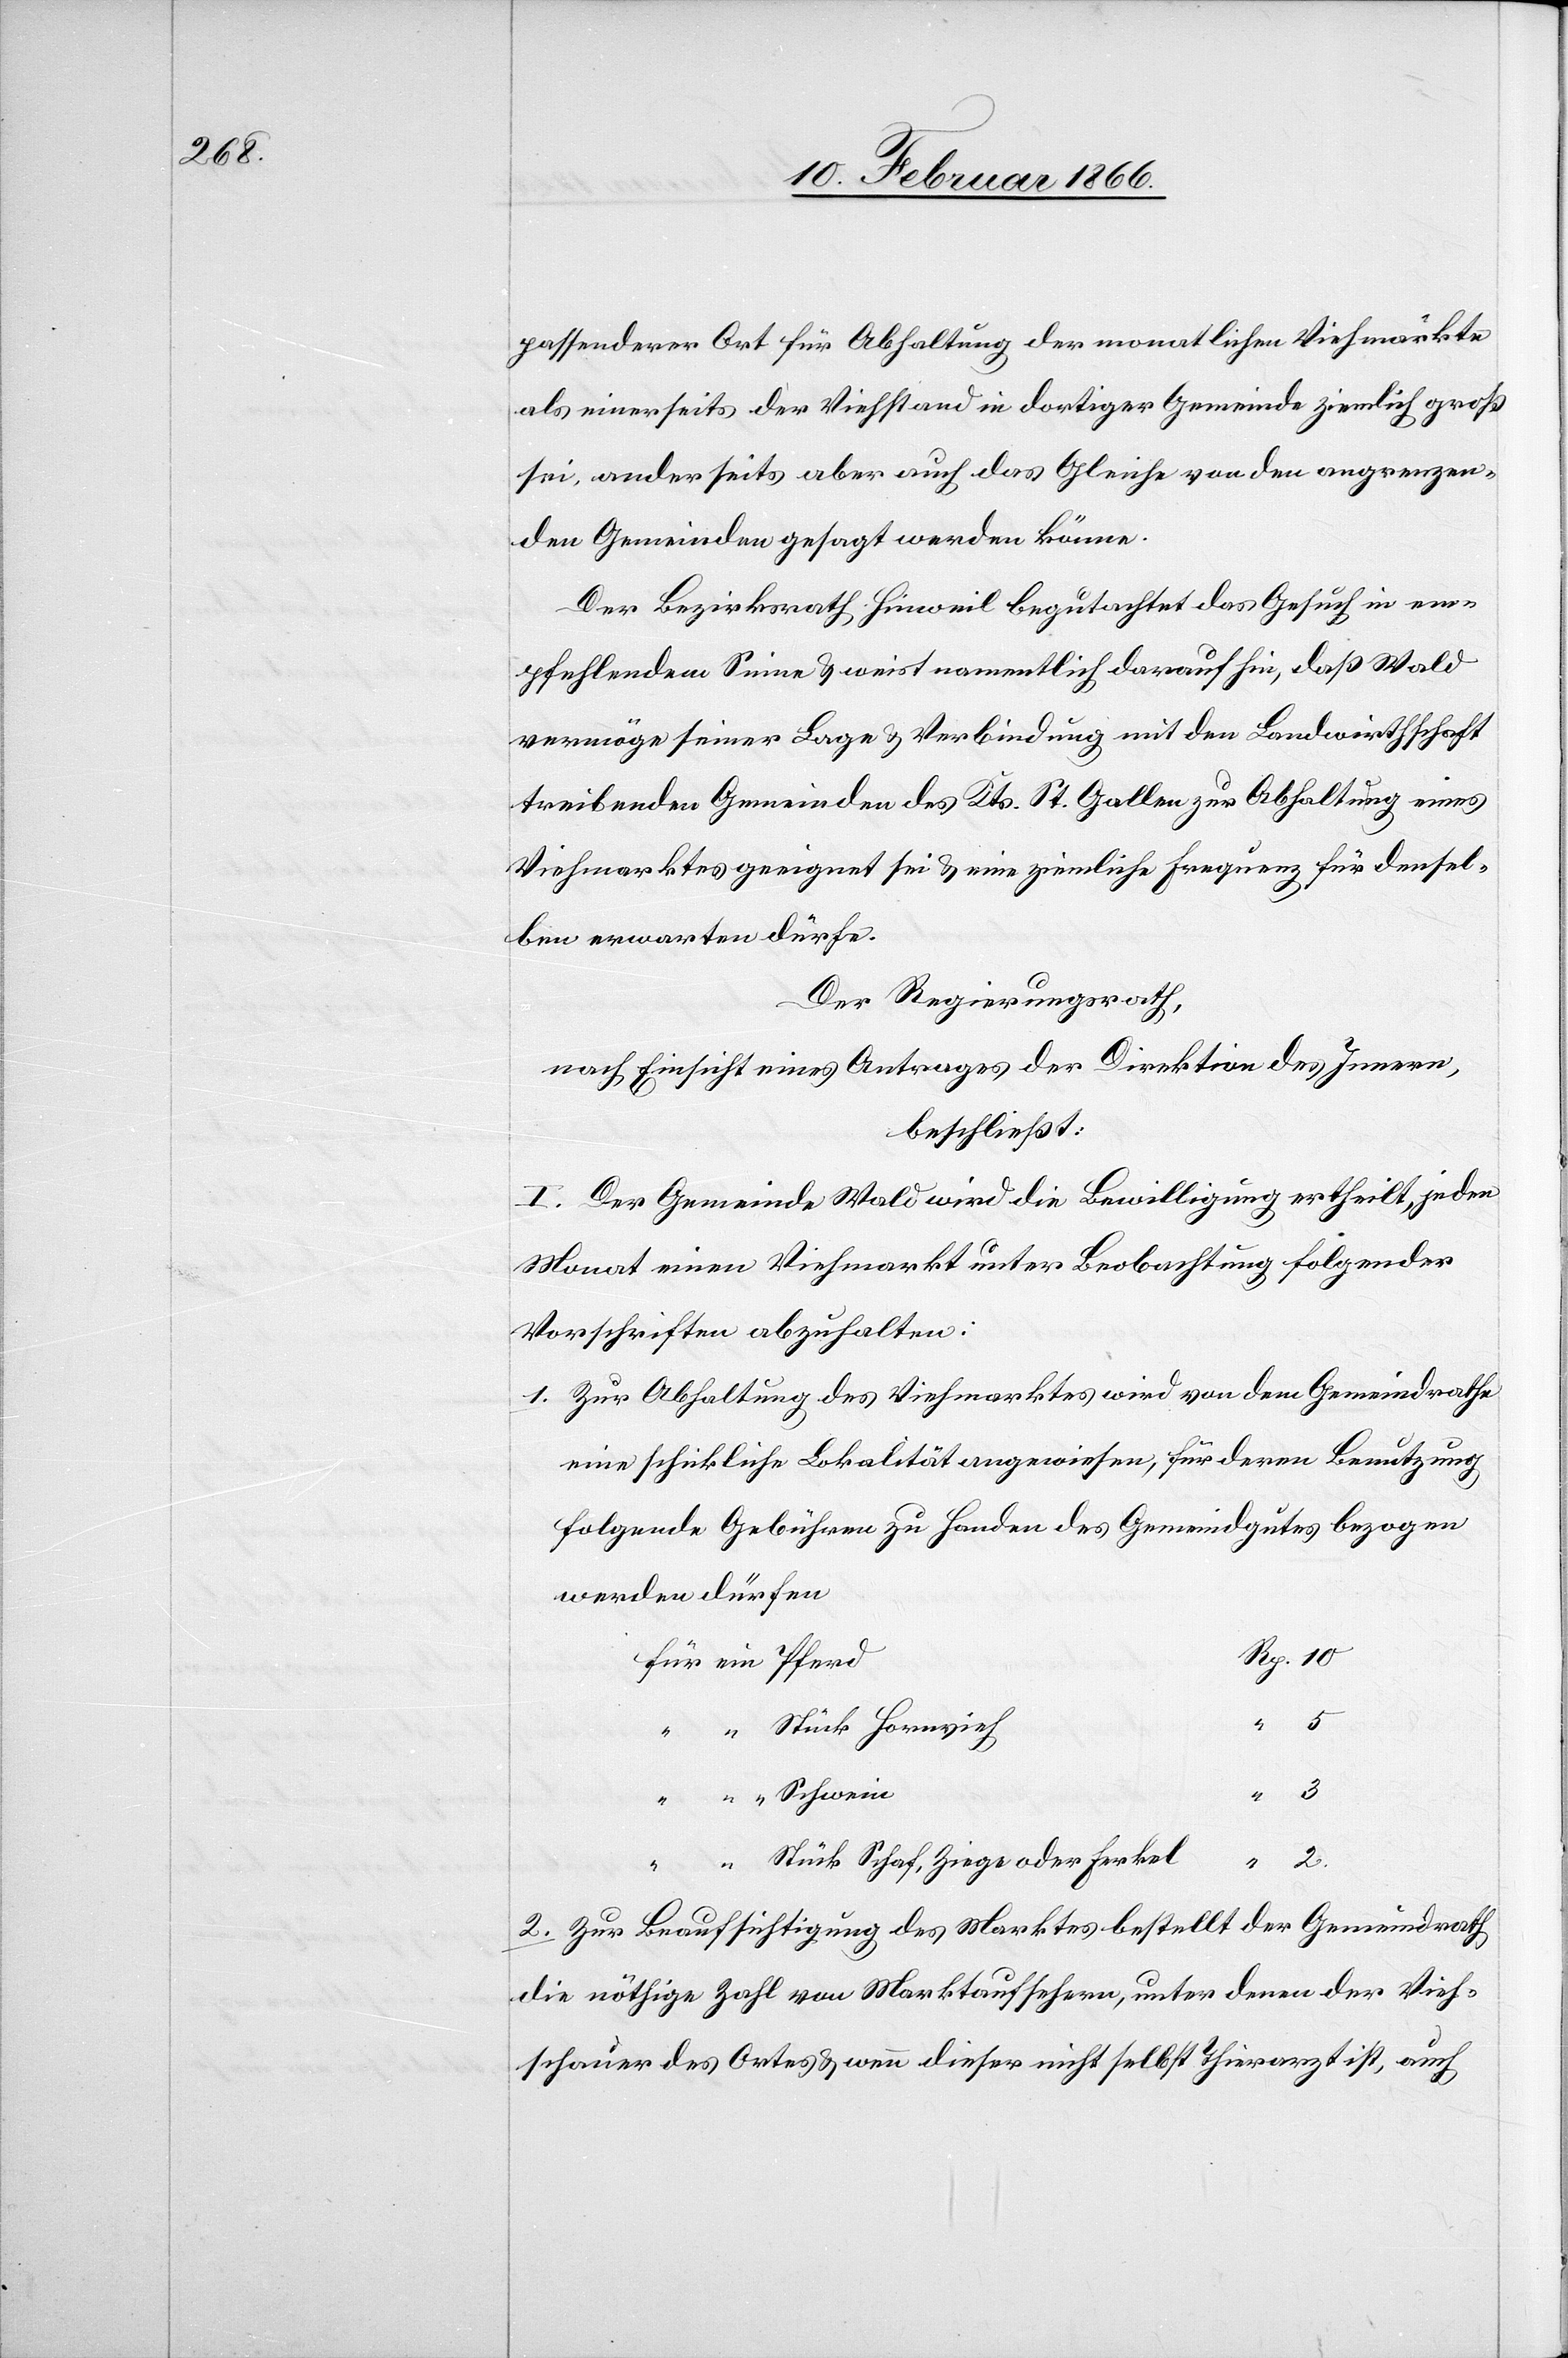
passenderer Ort für Abhaltung der monatlichen Viehmärkte
als einerseits der Viehstand in dortiger Gemeinde ziemlich groß
sei, anderseits aber auch das Gleiche von den angrenzen¬
den Gemeinden gesagt werden könne.
Der Bezirksrath Hinweil begutachtet das Gesuch in em¬
pfehlendem Sinne u. weist namentlich darauf hin, daß Wald
vermöge seiner Lage u. Verbindung mit den Landwirthschaft
treibenden Gemeinden des Kts. St. Gallen zur Abhaltung eines
Viehmarktes geeignet sei u. eine ziemliche Frequenz für densel¬
ben erwarten dürfe.
Der Regierungsrath,
nach Einsicht eines Antrages der Direktion des Innern,
beschließt:
I. Der Gemeinde Wald wird die Bewilligung ertheilt, jeden
Monat einen Viehmarkt unter Beobachtung folgender
Vorschriften abzuhalten:
1. Zur Abhaltung des Viehmarktes wird von dem Gemeindrathe
eine schickliche Lokalität ausgewiesen, für deren Benutzung
folgende Gebühren zu Handen des Gemeindgutes bezogen
werden dürfen
d	Rp. 10
für ein Pfer¬
“ Stück Hornvieh
“ 5
“ “ Schwein
“ 3
Stück Schaf, Ziege oder Ferkel
“ 2.
2. Zur Beaufsichtigung des Marktes bestellt der Gemeindrath
die nöthige Zahl von Marktaufsehern, unter denen der Vieh¬
schauer des Ortes u. wenn dieser nicht selbst Tierarzt ist, auch